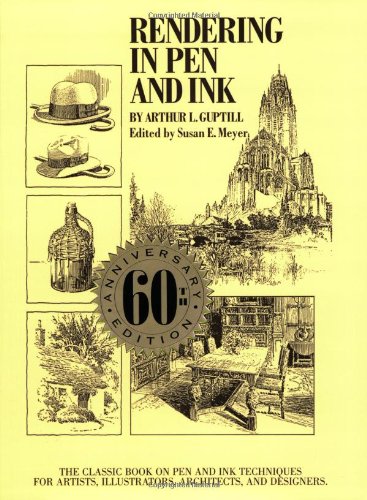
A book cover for Rendering in Pen and Ink: The Classic Book On Pen and Ink Techniques for Artists, Illustrators, Architects, and Designers; Arthur L. Guptill; Arts & Photography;